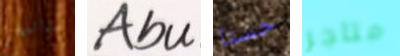
والمطر Abu حسنا متاجر